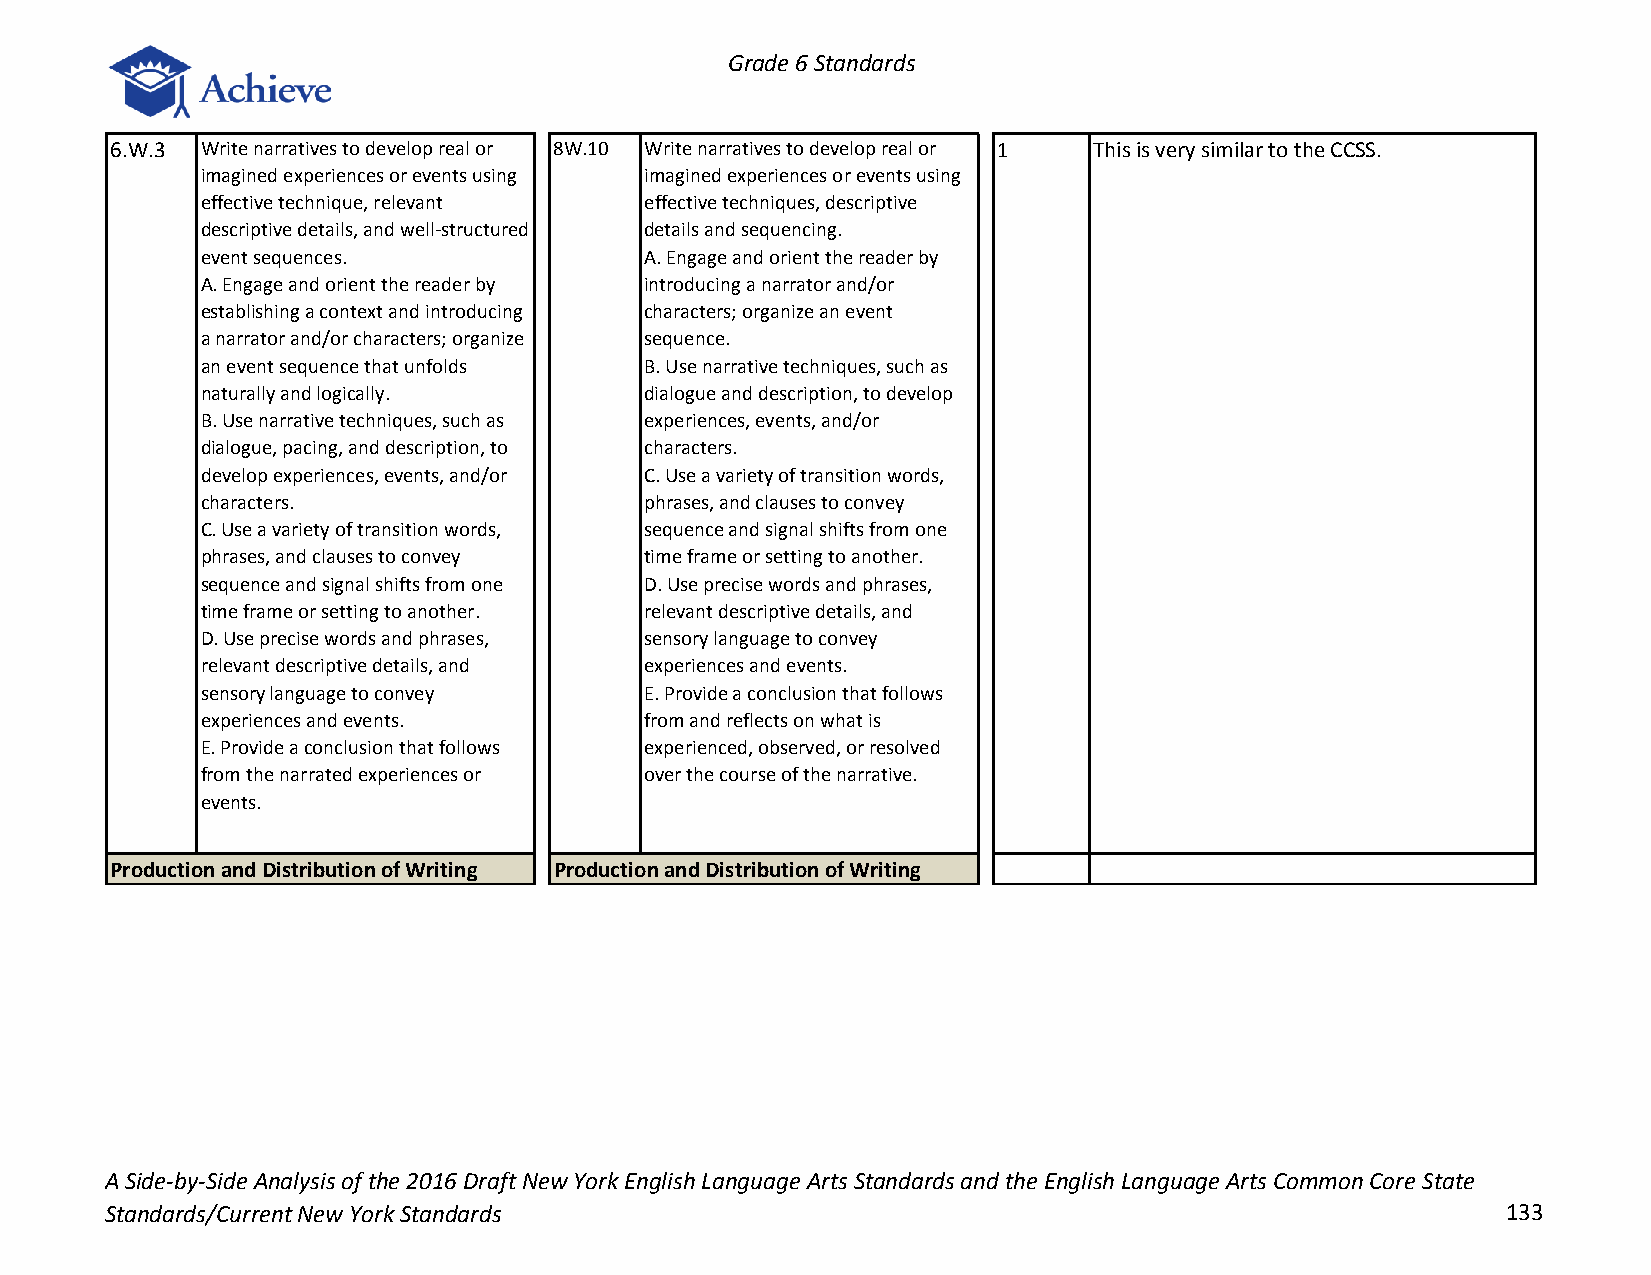
Grade 6 Standards
 6.W.3 Write narratives to develop real or 8W.10 Write narratives to develop real or 1 This is very similar to the CCSS.
 imagined experiences or events using imagined experiences or events using
 effective technique, relevant effective techniques, descriptive
 descriptive details, and well-structured details and sequencing.
 event sequences.              A. Engage and orient the reader by
 A. Engage and orient the reader by introducing a narrator and/or
 establishing a context and introducing characters; organize an event
 a narrator and/or characters; organize sequence.
 an event sequence that unfolds B. Use narrative techniques, such as
 naturally and logically.      dialogue and description, to develop
 B. Use narrative techniques, such as experiences, events, and/or
 dialogue, pacing, and description, to characters.
 develop experiences, events, and/or C. Use a variety of transition words,
 characters.                   phrases, and clauses to convey
 C. Use a variety of transition words, sequence and signal shifts from one
 phrases, and clauses to convey time frame or setting to another.
 sequence and signal shifts from one D. Use precise words and phrases,
 time frame or setting to another. relevant descriptive details, and
 D. Use precise words and phrases, sensory language to convey
 relevant descriptive details, and experiences and events.
 sensory language to convey    E. Provide a conclusion that follows
 experiences and events.       from and reflects on what is
 E. Provide a conclusion that follows experienced, observed, or resolved
 from the narrated experiences or over the course of the narrative.
 events.
 Production and Distribution of Writing Production and Distribution of Writing
 A Side-by-Side Analysis of the 2016 Draft New York English Language Arts Standards and the English Language Arts Common Core State
 Standards/Current New York Standards                                                         133